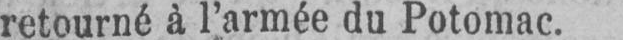
retourné à l’armée du Potomac.